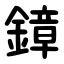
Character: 鏱